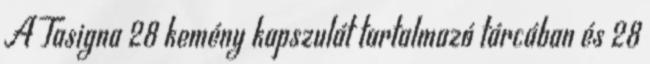
A Tasigna 28 kemény kapszulát tartalmazó tárcában és 28